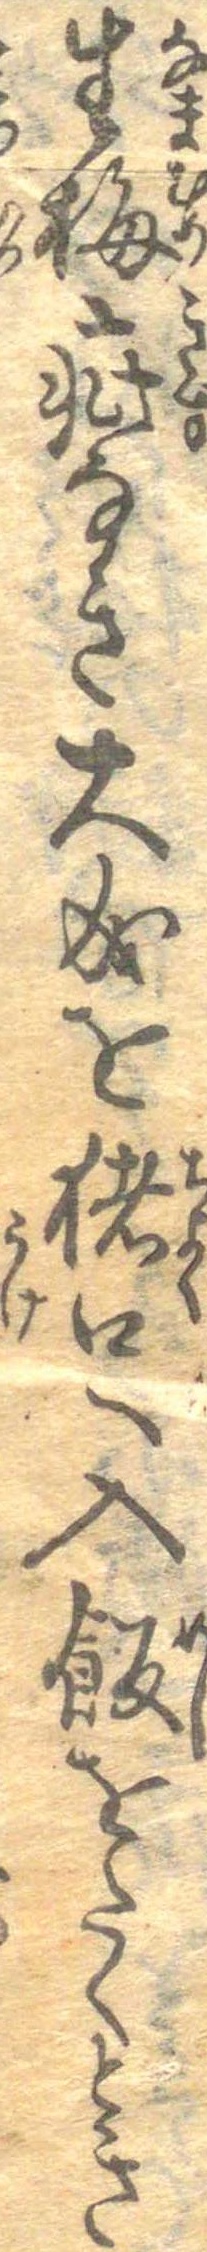
生梅疵なき大成を猪口へ入飯をたくとき